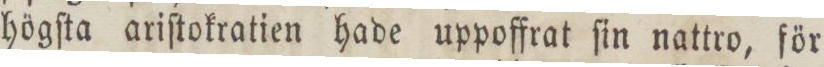
högſta ariſtokratien hade uppoffrat ſin nattro, för